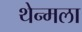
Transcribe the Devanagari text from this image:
थेन्मला